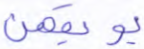
يوبقهن